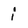
Character: i